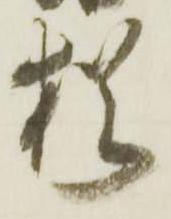
猶